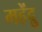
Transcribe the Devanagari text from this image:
महेंद्रु